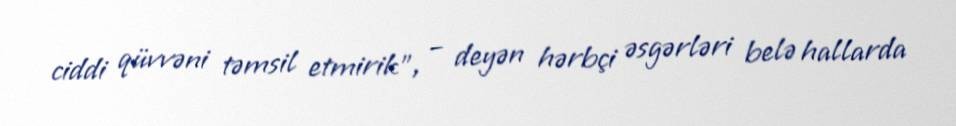
ciddi qüvvəni təmsil etmirik”, – deyən hərbçi əsgərləri belə hallarda